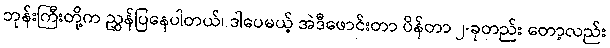
ဘုန်းကြီးတို့က ညွှန်ပြနေပါတယ်၊ ဒါပေမယ့် အဲဒီဖောင်းတာ ပိန်တာ ၂-ခုတည်း တော့လည်း